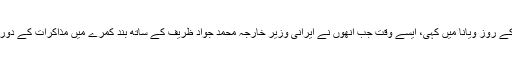
کیری نے یہ بات ہفتے کے روز ویانا میں کہی، ایسے وقت جب اُنھوں نے ایرانی وزیر خارجہ محمد جواد ظریف کے ساتھ بند کمرے میں مذاکرات کے دور کے سلسلے کا آغاز کیا۔